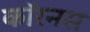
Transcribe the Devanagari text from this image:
कॉरनस